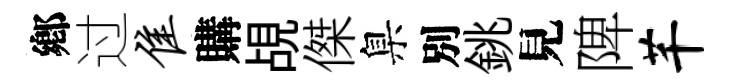
鄕过隹購覘傑臬別銚見陴芊